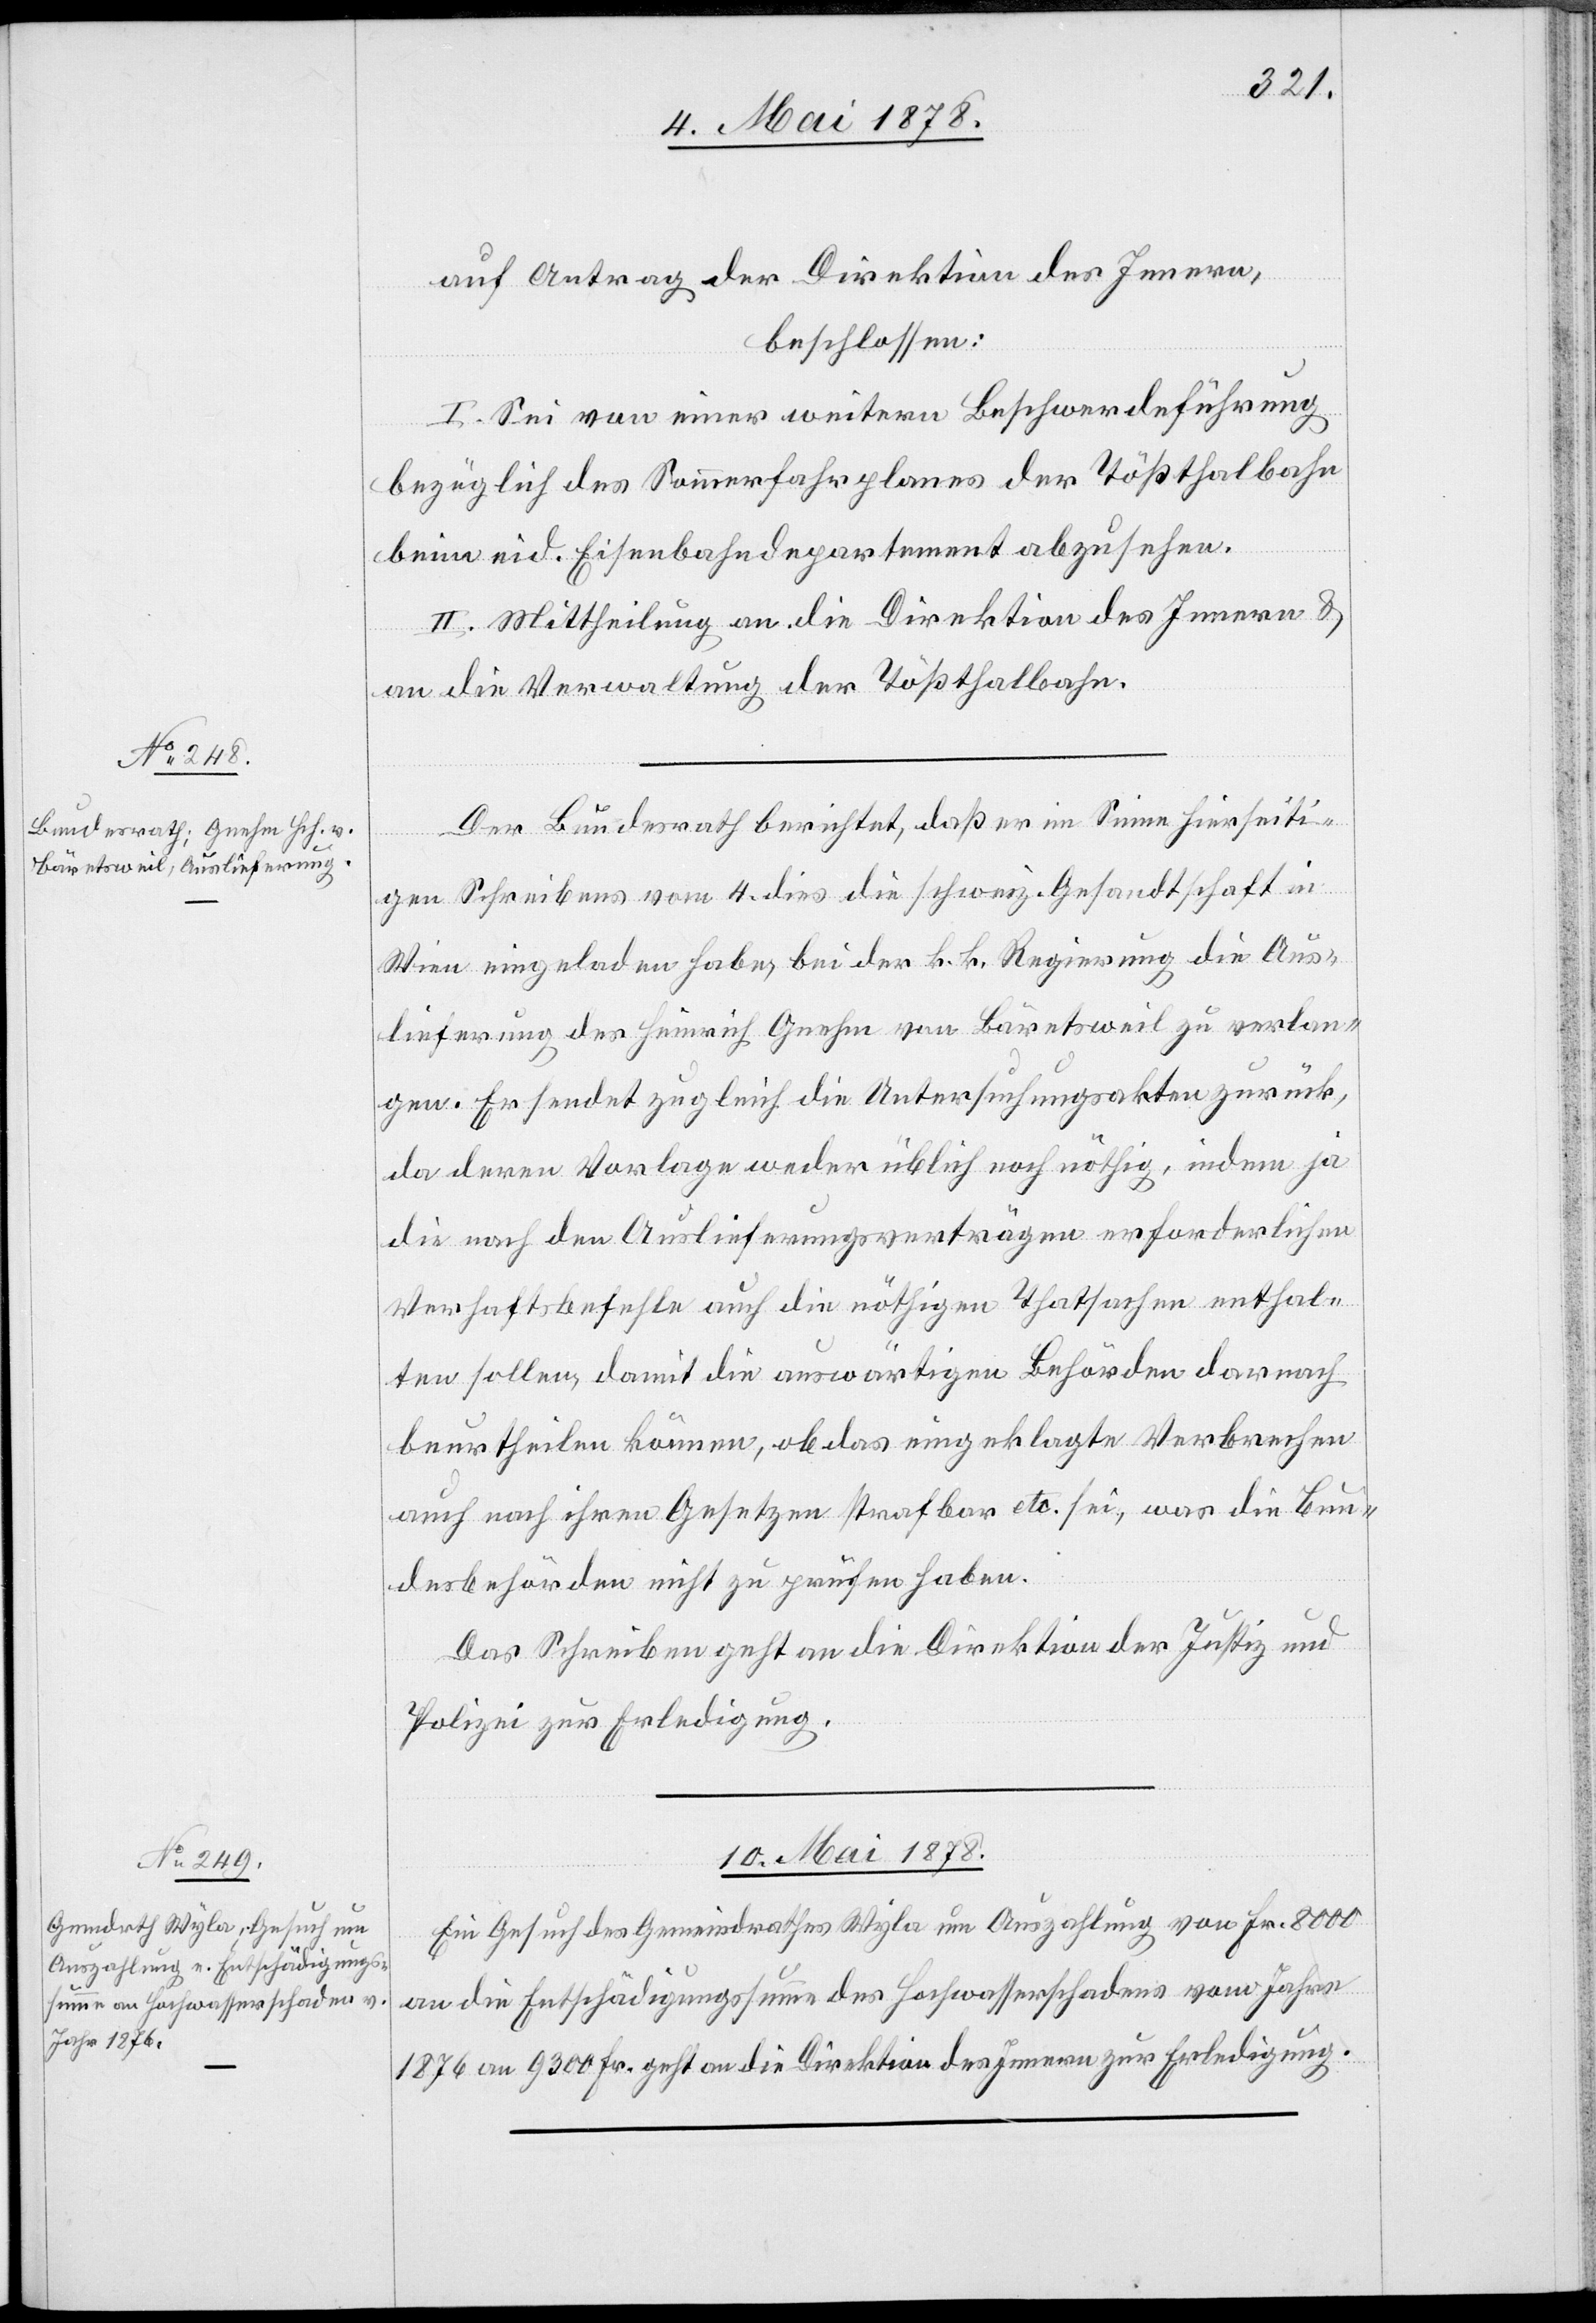
8. Mai 1878.]
auf Antrag der Direktion des Innern,
beschlossen:
I. Sei von einer weitern Beschwerdeführung
bezüglich des Sommerfahrplanes der Tößthalbahn
beim eid. Eisenbahndepartement abzusehen.
II. Mittheilung an die Direktion des Innern &
an die Verwaltung der Tößthalbahn.
Der Bundesrath berichtet, daß er im Sinne hierseiti¬
gen Schreibens vom 4. dies die schweiz. Gesandtschaft in
Wien eingeladen habe, bei der k. k. Regierung die Aus¬
lieferung des Heinrich Gnehm von Bäretsweil zu verlan¬
gen. Er sendet zugleich die Untersuchungsakten zurück,
da deren Vorlage weder üblich noch nöthig, indem ja
die nach den Auslieferungsverträgen erforderlichen
Verhaftsbefehle auch die nöthigen Thatsachen enthal¬
ten sollen, damit die auswärtigen Behörden darnach
beurtheilen können, ob das eingeklagte Verbrechen
auch nach ihren Gesetzen strafbar etc. sei, was die Bun¬
desbehörden nicht zu prüfen haben.
Das Schreiben geht an die Direktion der Justiz und
Polizei zur Erledigung.
10. Mai 1878.
Ein Gesuch des Gemeindrathes Wyla um Auszahlung von Fr. 8000
an die Entschädigungssumme des Hochwasserschadens vom Jahre
1876 um 9300 Fr. geht an die Direktion des Innern zur Erledigung.